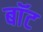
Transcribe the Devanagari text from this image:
बाॅट